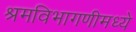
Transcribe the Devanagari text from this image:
श्रमविभागणीमध्ये